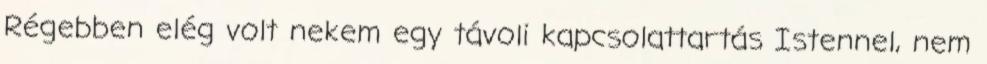
Régebben elég volt nekem egy távoli kapcsolattartás Istennel, nem